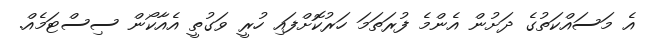
އެ މަސައްކަތުގެ ދަށުން އެންމެ ފުރަތަމަ ހަރުކޮށްފައި ހުރީ ވަގުތީ އެއާކޯން ސިސްޓަމެއް.